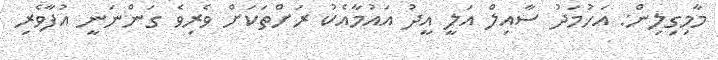
މާމިގިލިން: އަހުމަދު ސާއިލް އަލީ އީދު އައުމާއެކު ރަށްތަކަށް ވެރިވެ ގަންނަނީ އުފާވެރި